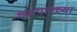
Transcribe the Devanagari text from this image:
व्यापारच्या